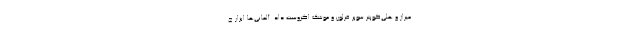
میراژ و هلی‌کوپتر سوپر فرلون و موشک اگزوست داد. آلمانی‌ها ابزار ج